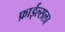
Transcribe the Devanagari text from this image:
फ़ाईल्सला